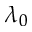
\lambda _ { 0 }